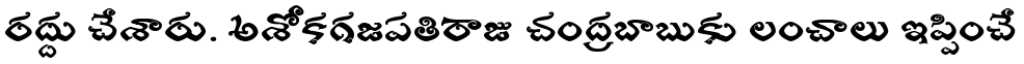
రద్దు చేశారు. అశోకగజపతిరాజు చంద్రబాబుకు లంచాలు ఇప్పించే